Liigvalla_vallavalitsus, lk 78
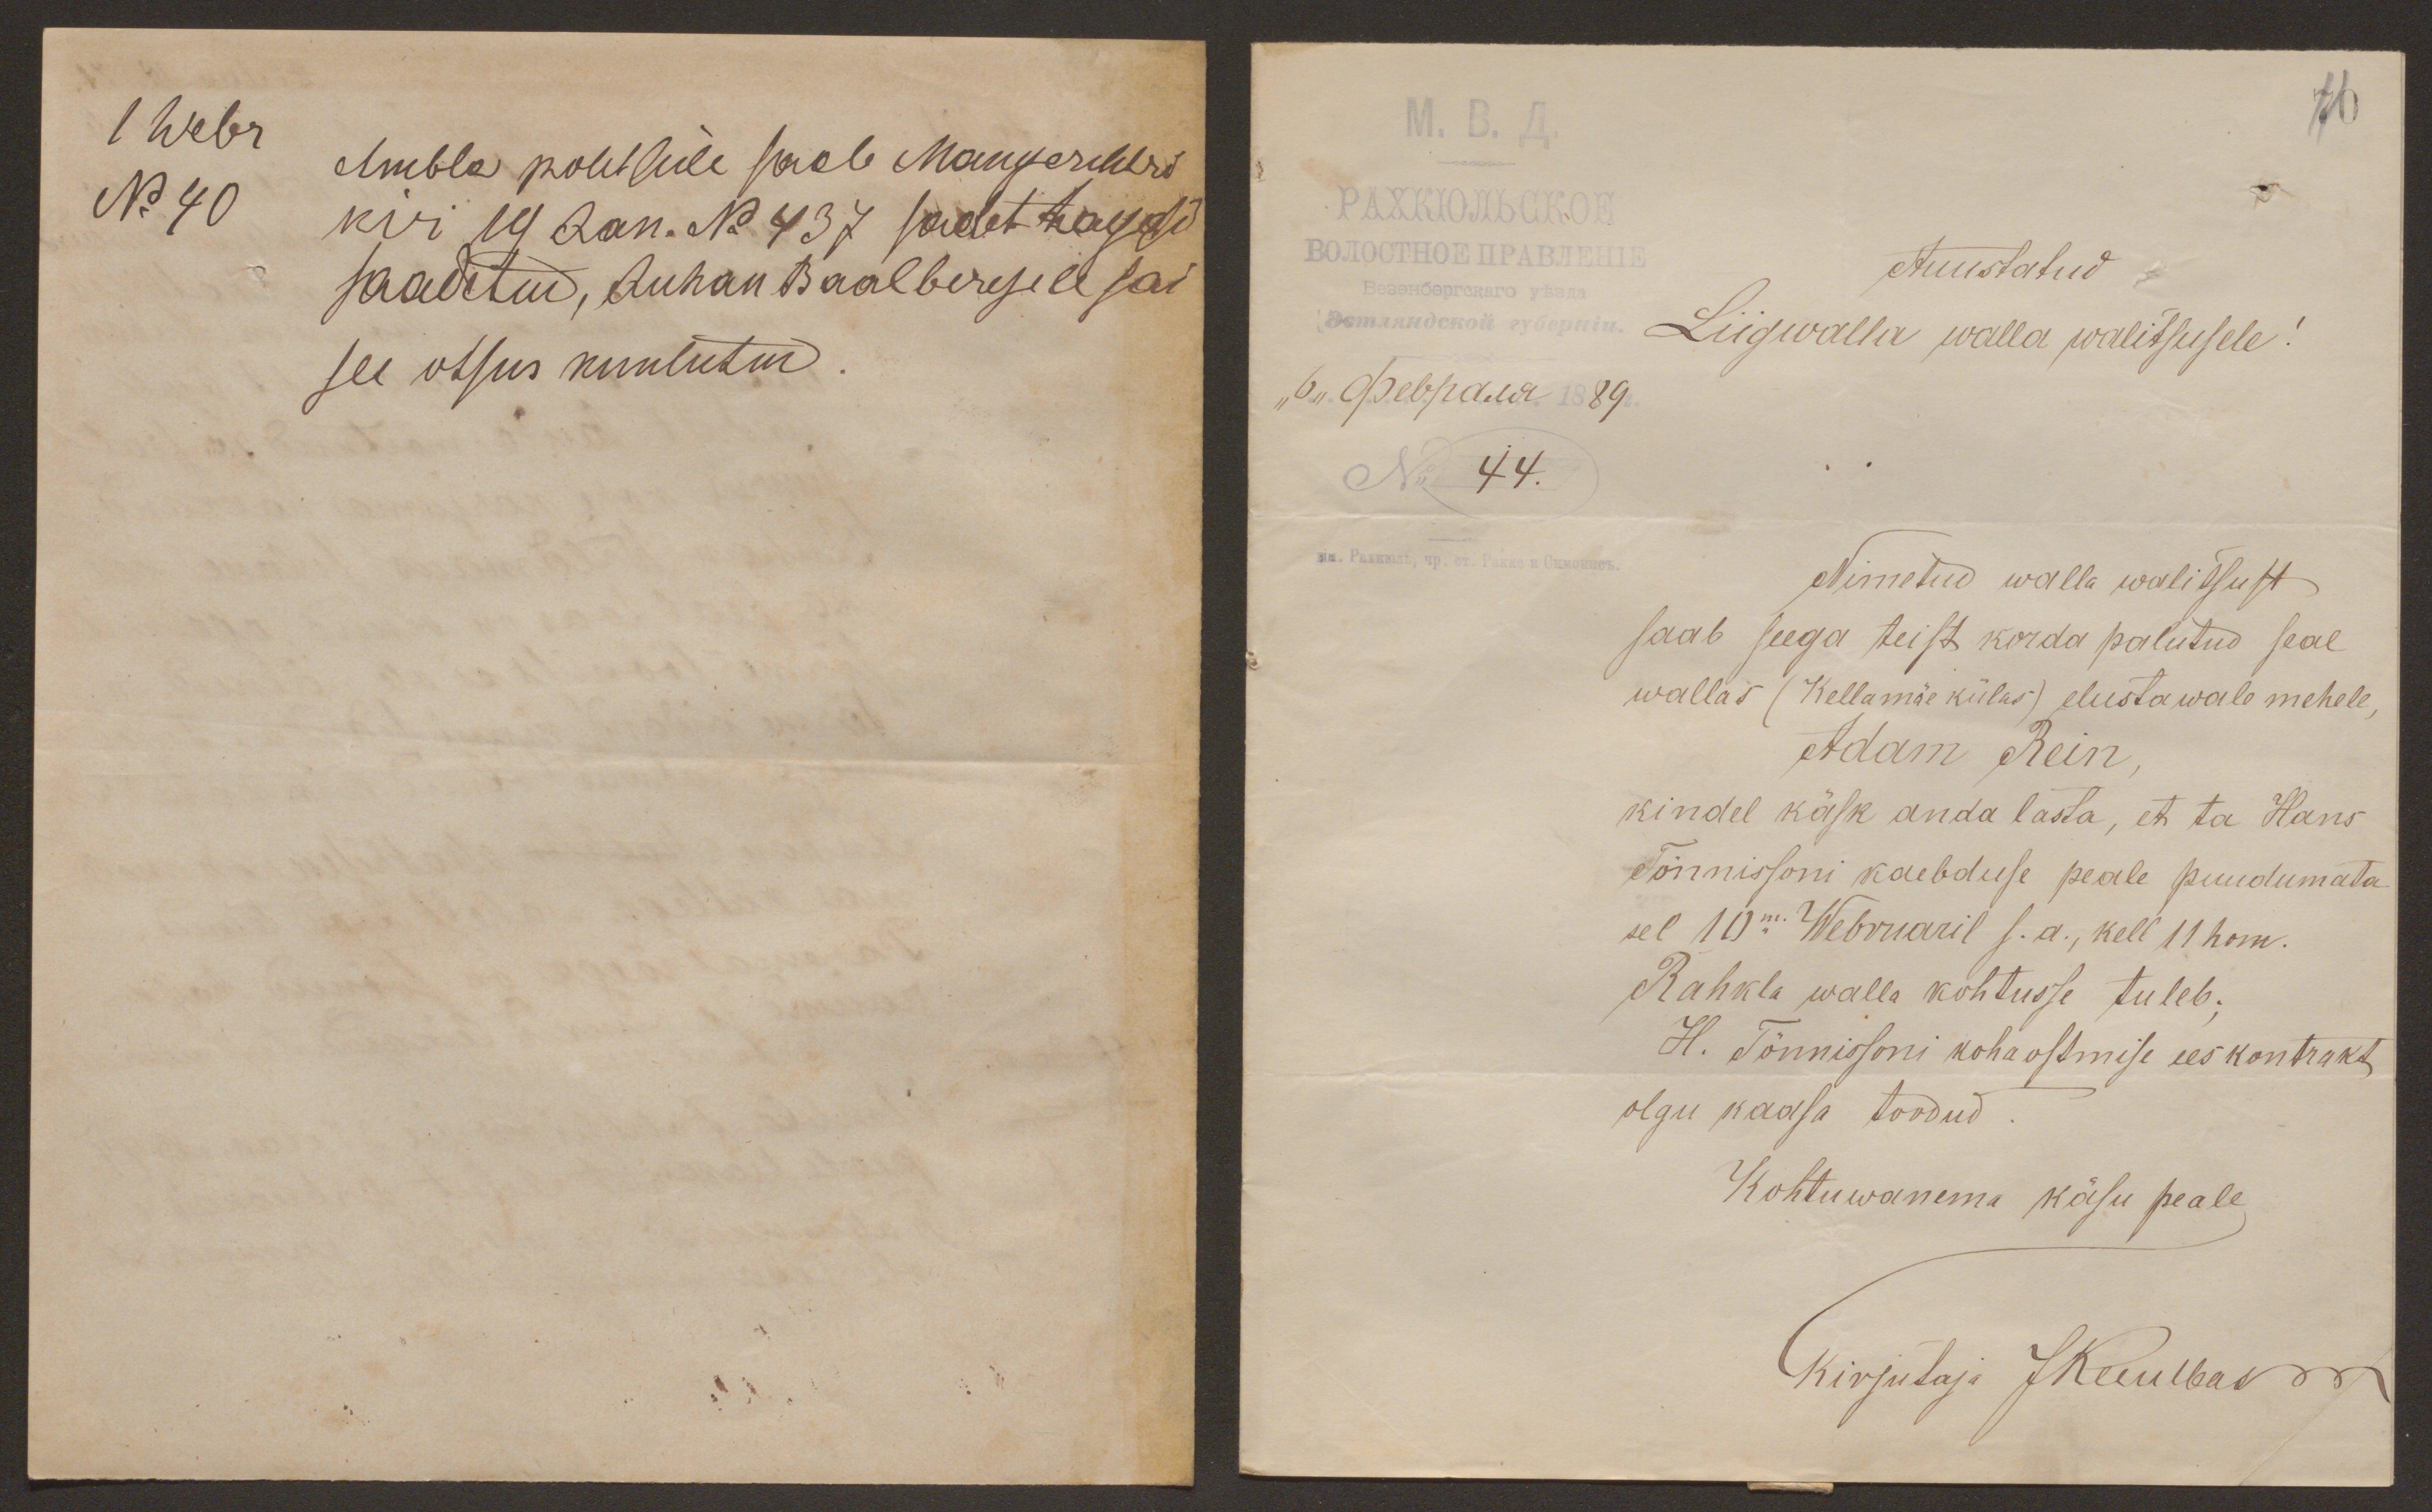
1 Webr
No 40
Ambla politseile saab Mangerihtri
kiri 19 Jan. No 437 sadet tagasi
saadetud, Juhan Baalbergile sai
see otsus kuulutud.

Auustatud
Liigwalla walla walitsusele!
No 44.
Nimetud walla walitsust
saab seega teist korda palutud seal
wallas (Kellamäe külas) elustawale mehele,
Adam Rein,
kindel käsk anda lasta, et ta Hans
Tõnnissoni kaebduse peale puudumata
sel 10m. Webruaril s.a., kell 11 hom.
Rahkla walla kohtusse tuleb;
H. Tõnnissoni kohaostmise eeskontrakt
olgu kaasa toodud.
Kohtuwanema käsu peale
Kirjutaja